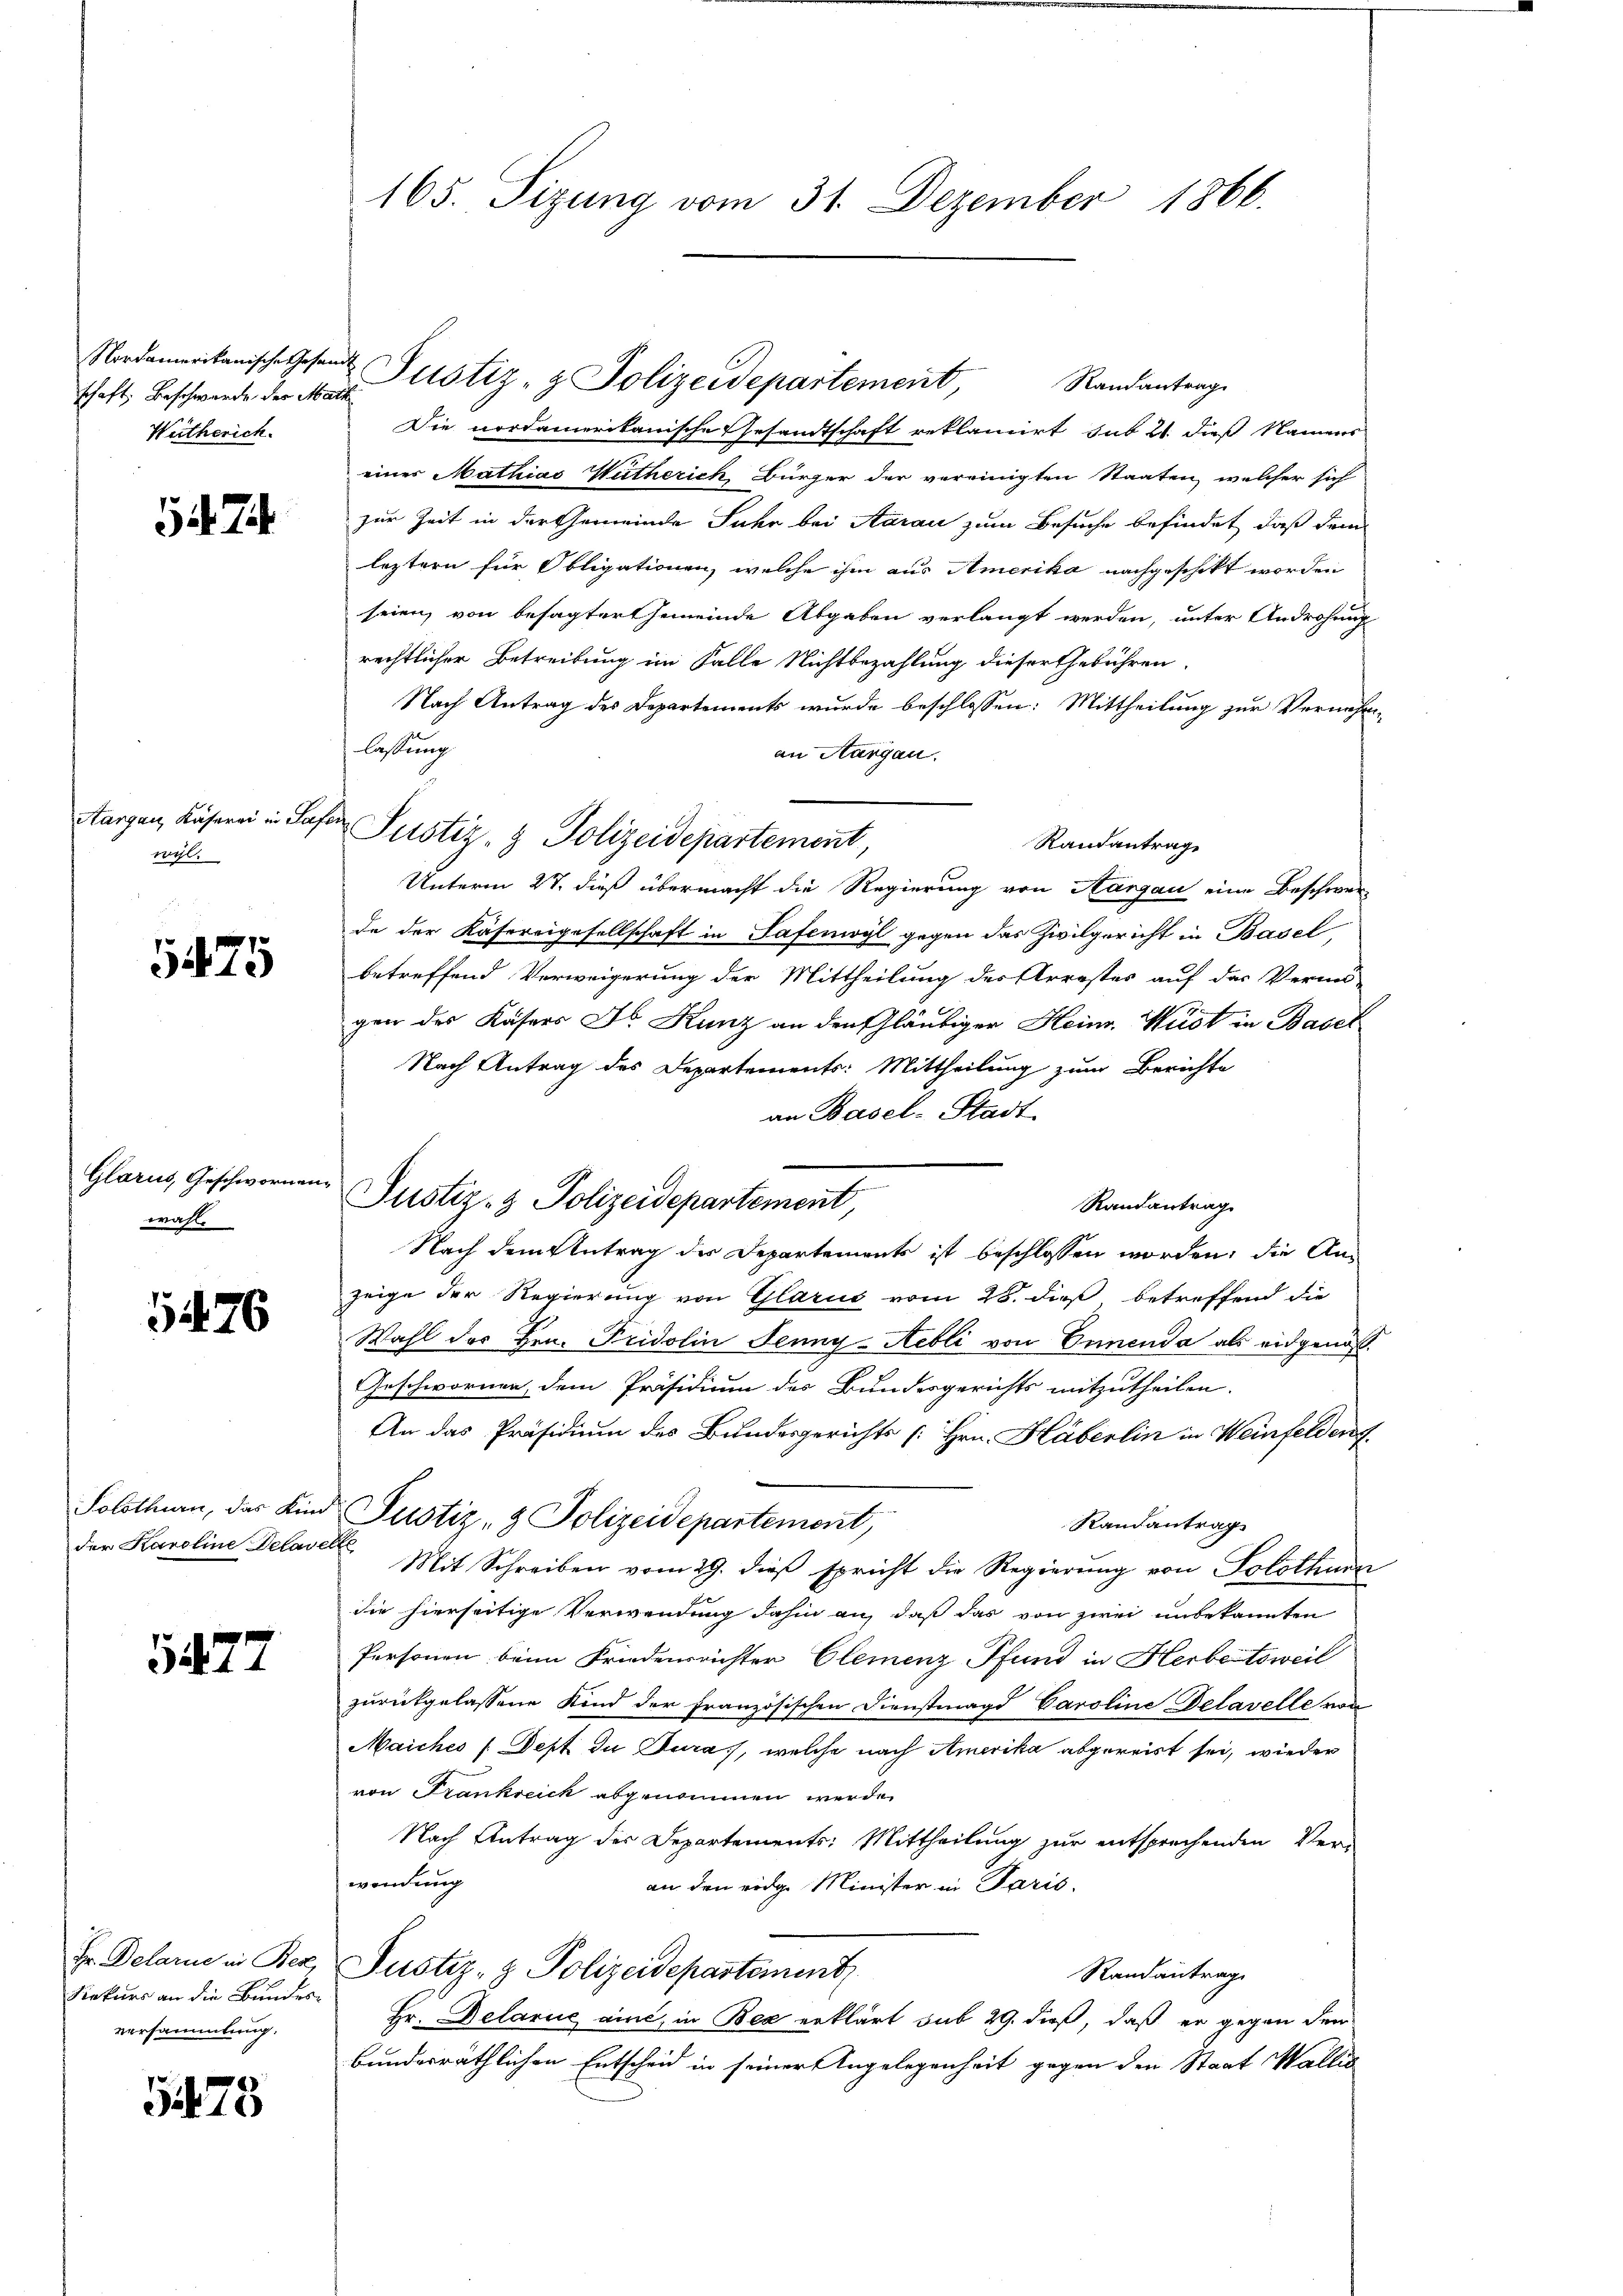
Nordamerikanische Gesan
schaft. Beschwerde der Mar
Weitherich.

Aargau, Käserei in Saft
wil.

5475

Glarus, Geschwornen
wahle

1476

Solothurn, das Kind
der Karoline clase

5477

Fr. Delarne in Bez
Rekurs an die Bundesversammlung.

5475

165. Sizung vom 31. Dezember 1866.

Randantrag
Die nordamerikanische Gesandtschaft reklamirt sub 21. dieß Namens
einer Mathias Wutherich, Bürger der vereinigten Staaten, welcher sich
zur Zeit in der Gemeinde Jahr bei Aarau zum Besuche befindet, daß dem
leztern für Obligationen, welche ihm aus Amerika nachgeschikt worden
seien, von besagter Gemeinde Abgaben verlangt werden, unter Androhung
rechtlicher Betreibung im Falle Nichtbezahlung dieser Gebühren.
Nach Antrag des Departements wurde beschlossen: Mittheilung zur Vernehm
lassung
an Aargau.
 Justiz- & Polizeidepartement,
Randantrage
Unterm 27. dieß übermacht die Regierung von Aargau eine Beschwer-
de der Kasereigesellschaft in Safemoyl gegen das Zivilgericht in Basel,
betreffend Verweigerung der Mittheilung des Arrestes auf das Vermi-
gen des Kasers Dr. Kunz an den Gläubiger Heinr. Wirdt in Basel
Nach Antrag des Departements: Mittheilung zum Berichte
an Basel-Stadt
Randantrag
Nach dem Antrag der Departements ist beschlossen worden; die An-
zeige der Regierung von Glarus vom 28. dieß betreffend die
Wahl des Hrn. Fridolin Jenny-Hebli von Ennenda als eidgenöß¬
Geschwornen, dem Präsidium des Bundesgerichts mitzutheilen.
An das Präsidium des Bundesgerichts [Hrn. Häberlin in Weinfelden,
Justiz- & Polizeidepartement,
Randantrag
. Mit Schreiben vom 29. dieβ spricht die Regierung von Solothurn
die hierseitige Verwendung dahin an, daß das von zwei unbekannten
Personen beim Friedensrichter Clemenz-Pfund in Herbeitsweil
zurückgelassene Kind der Französischen Dienstmagd Paroline Delavellesan
Maiches (Sept du Jura, welche nach Amerika abgereist sei, wieder
von Frankreick abgenommen werde.
Nach Antrag des Departements: Mittheilung zur entsprechenden Verwendung
an den eidg. Minister in Paris.
Justiz- & Polizeidepartement
Randantrag
Hr. Delarie aine, in Bex erklärt sub 29. dieß, daß er gegen den
bundesräthlichen Entscheid in seiner Angelegenheit gegen den Staat Wallis

Justiz- & Polizeidepartement,

Justiz- & Polizeidepartement,